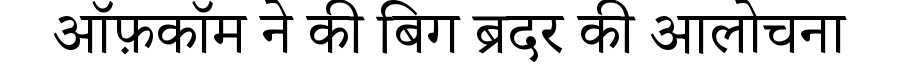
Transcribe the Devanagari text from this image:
ऑफ़कॉम ने की बिग ब्रदर की आलोचना